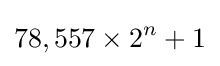
78,557\times 2^{n}+1